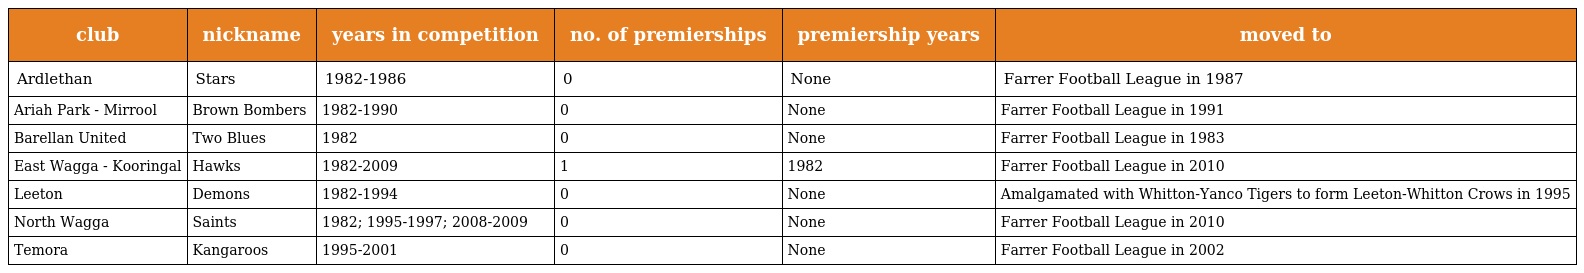
| club | nickname | years in competition | no. of premierships | premiership years | moved to |
 | --- | --- | --- | --- | --- | --- |
 | Ardlethan | Stars | 1982-1986 | 0 | None | Farrer Football League in 1987 |
 | Ariah Park - Mirrool | Brown Bombers | 1982-1990 | 0 | None | Farrer Football League in 1991 |
 | Barellan United | Two Blues | 1982 | 0 | None | Farrer Football League in 1983 |
 | East Wagga - Kooringal | Hawks | 1982-2009 | 1 | 1982 | Farrer Football League in 2010 |
 | Leeton | Demons | 1982-1994 | 0 | None | Amalgamated with Whitton-Yanco Tigers to form Leeton-Whitton Crows in 1995 |
 | North Wagga | Saints | 1982; 1995-1997; 2008-2009 | 0 | None | Farrer Football League in 2010 |
 | Temora | Kangaroos | 1995-2001 | 0 | None | Farrer Football League in 2002 |